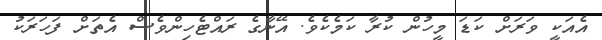
އެއަކީ ވަރަށް ކަޑަ މީހުން ކުރާ ކަމެކެވެ. އޭނާގެ ރައްޓެހިންވެސް އެތަށް ފަހަރަކު